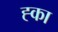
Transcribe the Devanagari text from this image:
ह्का